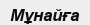
Мұнайға